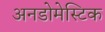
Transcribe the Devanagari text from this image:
अनडोमेस्टिक